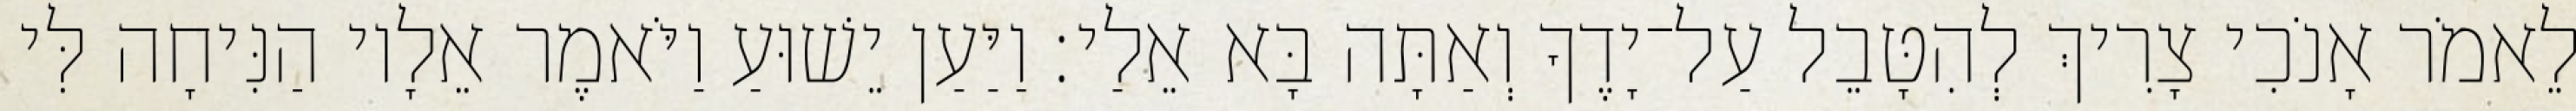
לֵאמֹר אָנֹכִי צָרִיךְ לְהִטָּבֵל עַל־יָדֶךָ וְאַתָּה בָּא אֵלַי׃ וַיַּעַן יֵשׁוּעַ וַיֹּאמֶר אֵלָיו הַנִּיחָה לִּי